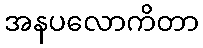
အနပလောကိတာ